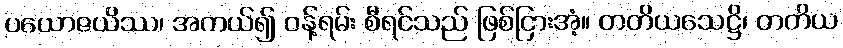
ပယောဇယိဿ၊ အကယ်၍ ဝန့်ရမ်း စီရင်သည် ဖြစ်ငြားအံ့။ တတိယသေဋ္ဌိ၊ တတိယ